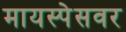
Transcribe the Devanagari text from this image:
मायस्पेसवर